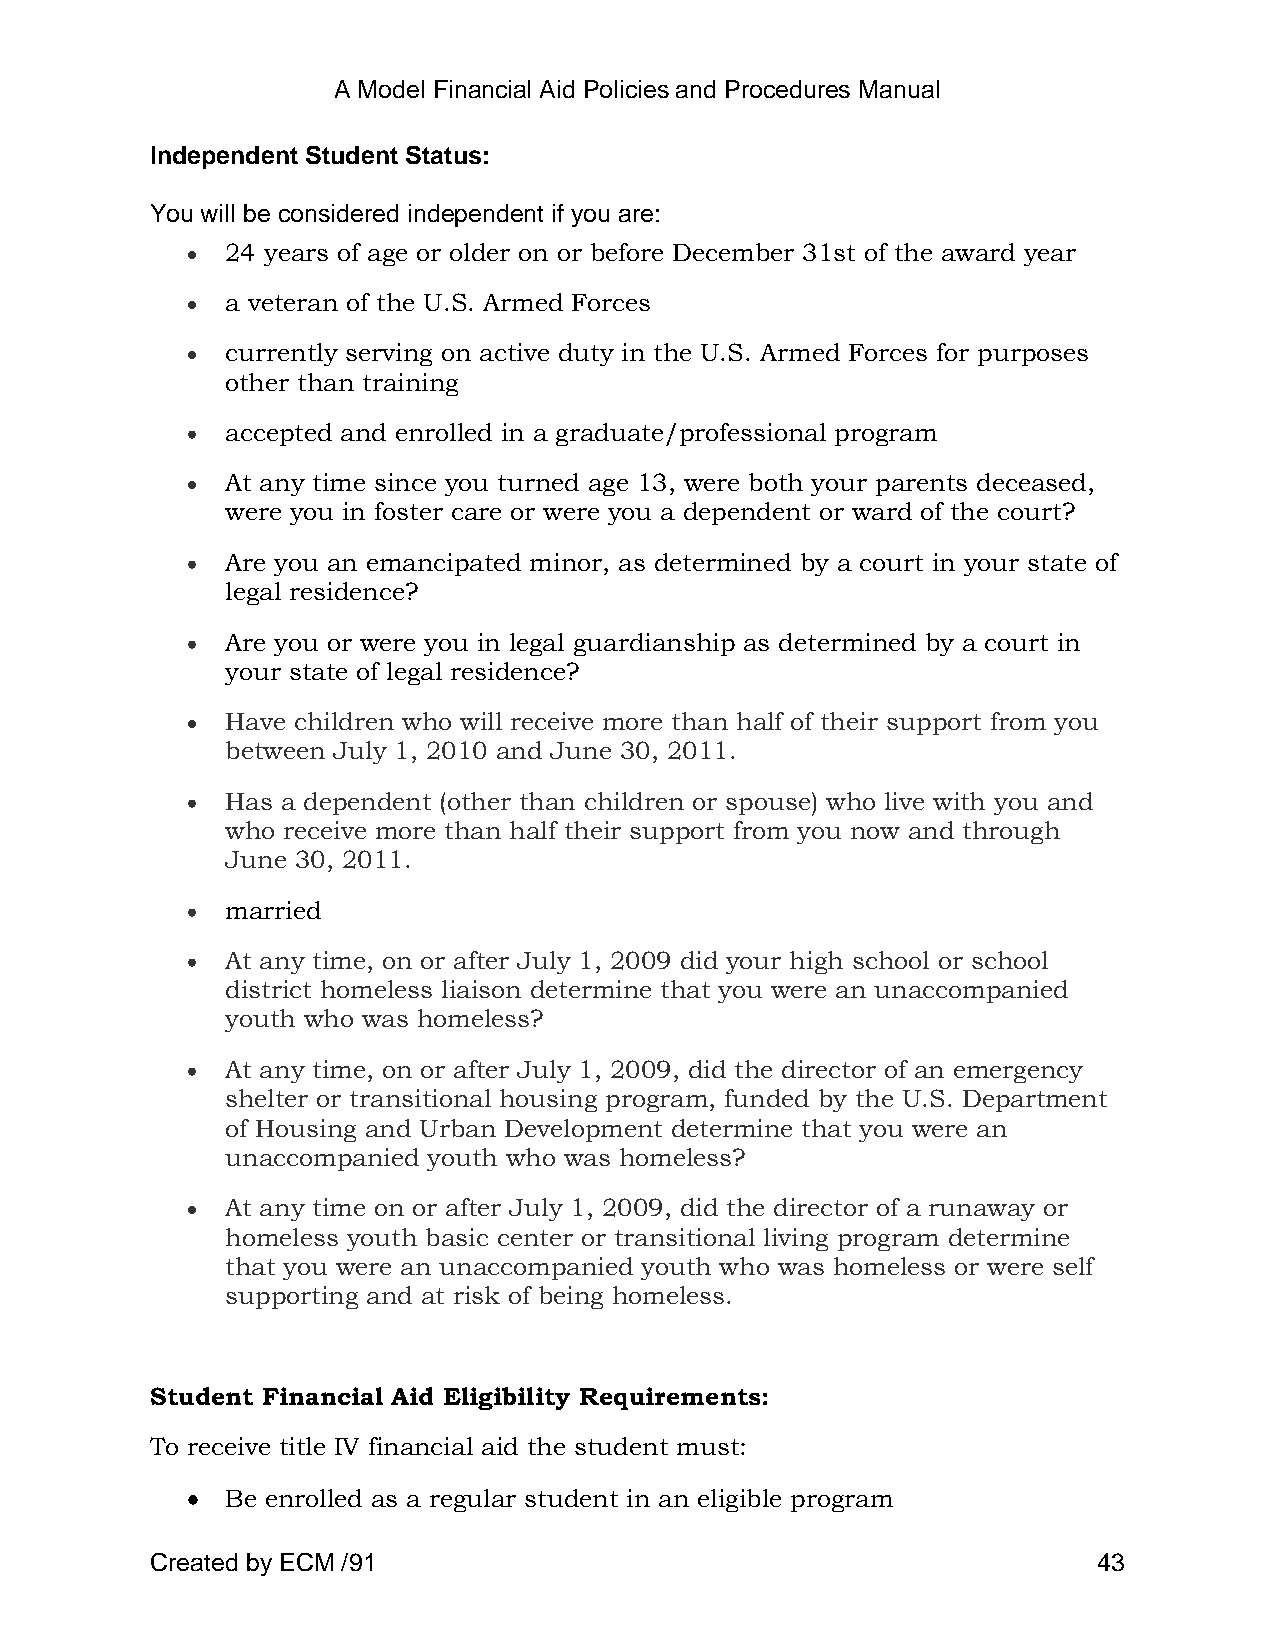
A Model Financial Aid Policies and Procedures Manual
 Independent Student Status:
 You will be considered independent if you are:
 24 years of age or older on or before December 31st of the award year
 a veteran of the U.S. Armed Forces
 currently serving on active duty in the U.S. Armed Forces for purposes
 other than training
 accepted and enrolled in a graduate/professional program
 At any time since you turned age 13, were both your parents deceased,
 were you in foster care or were you a dependent or ward of the court?
 Are you an emancipated minor, as determined by a court in your state of
 legal residence?
 Are you or were you in legal guardianship as determined by a court in
 your state of legal residence?
 Have children who will receive more than half of their support from you
 between July 1, 2010 and June 30, 2011.
 Has a dependent (other than children or spouse) who live with you and
 who receive more than half their support from you now and through
 June 30, 2011.
 married
 At any time, on or after July 1, 2009 did your high school or school
 district homeless liaison determine that you were an unaccompanied
 youth who was homeless?
 At any time, on or after July 1, 2009, did the director of an emergency
 shelter or transitional housing program, funded by the U.S. Department
 of Housing and Urban Development determine that you were an
 unaccompanied youth who was homeless?
 At any time on or after July 1, 2009, did the director of a runaway or
 homeless youth basic center or transitional living program determine
 that you were an unaccompanied youth who was homeless or were self
 supporting and at risk of being homeless.
 Student Financial Aid Eligibility Requirements:
 To receive title IV financial aid the student must:
 Be enrolled as a regular student in an eligible program
 Created by ECM /91                                             43